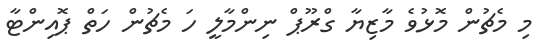
މި މެޗުން މޮޅުވެ މާޒިޔާ ގްރޫޕް ނިންމާލީ ހަ މެޗުން ހަތް ޕޮއިންޓާ